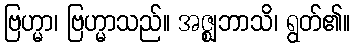
ဗြဟ္မာ၊ ဗြဟ္မာသည်။ အဇ္ဈဘာသိ၊ ရွတ်၏။